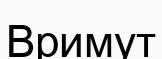
Вримут